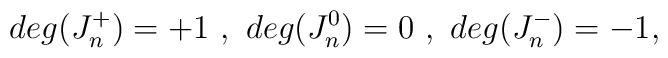
deg (J^+_n) = +1 \ , \ deg (J^0_n) = 0 \ , \ deg (J^-_n) = -1 ,